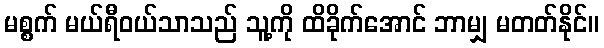
မစ္စက် မယ်ရီဝယ်သာသည် သူ့ကို ထိခိုက်အောင် ဘာမျှ မတတ်နိုင်။